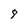
Character: 8